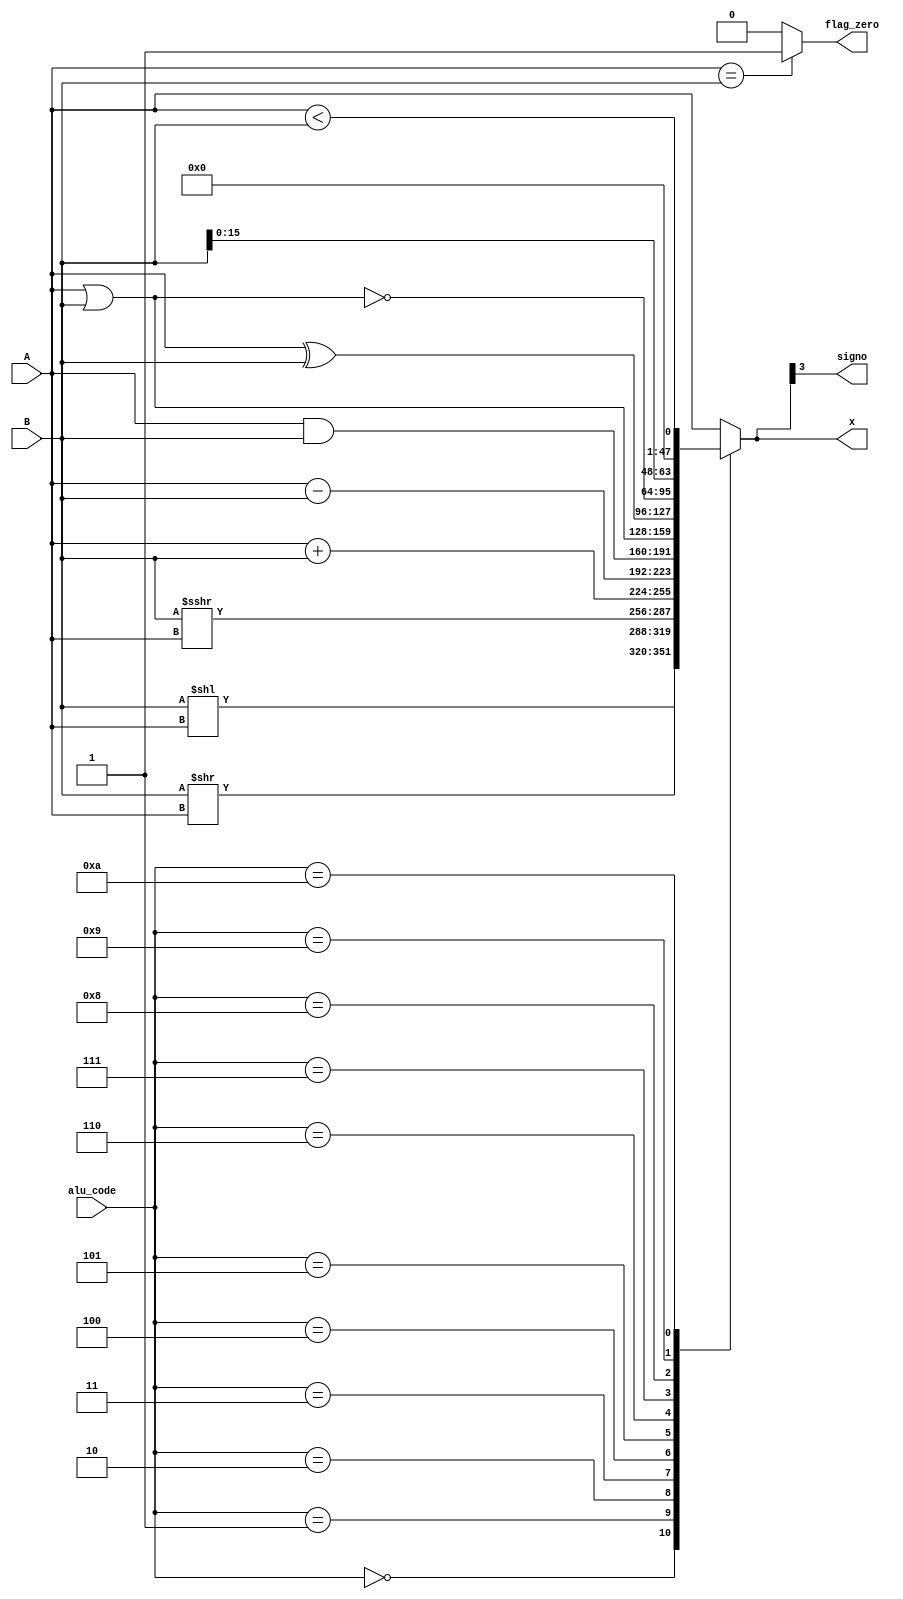
`timescale 1ns / 1ps
//////////////////////////////////////////////////////////////////////////////////
// Company: 
// Engineer: 
// 
// Design Name: 
// Module Name: alu
// Project Name: 
// Target Devices: 
// Tool Versions: 
// Description: 
// 
// Dependencies: 
// 
// Revision:
// Revision 0.01 - File Created
// Additional Comments:
// 
//////////////////////////////////////////////////////////////////////////////////

`define NB_A 32
`define NB_B 32
`define NB_ALU_CODE 4
`define NB_X 32

module alu( A,
    B,
    alu_code,
    x,
    flag_zero,
    signo
    );

parameter NB_A = `NB_A;
parameter NB_B = `NB_B;
parameter NB_ALU_CODE = `NB_ALU_CODE;
parameter NB_X = `NB_X;


input wire signed [NB_A - 1 : 0] A;
input wire signed [NB_B - 1 : 0] B;
input wire [NB_ALU_CODE - 1 : 0] alu_code;
output reg signed [NB_X - 1 : 0] x;
output flag_zero;
output signo;

assign signo = x[NB_ALU_CODE - 1];
assign flag_zero  = (A == B) ?  (1'b1) : (1'b0);
// assign flag_zero  = (x == `NB_X'h00) ?  (1'b1) : (1'b0);

always@(*)begin
    x = A;
    case(alu_code)                                
        4'b0000  :  x = B << A; //shift left
        4'b0001  :  x = B >> A; // shift right logico  
        4'b0010  :  x = B >>> A; // shift right aritmetico
        4'b0011  :  x = A + B; // sumar
        4'b0100  :  x = A - B; //restar
        4'b0101  :  x = A & B; //and
        4'b0110  :  x = A | B; // or
        4'b0111  :  x = A ^ B; // xor
        4'b1000  :  x = ~(A | B); // nor
        4'b1001  :  x = B << 16; // B shift 16 << LUI
        4'b1010  :  x = (A < B); //comparacion para slt
        // 4'b1011  :  x = (A == B); //comparacion para slt

        //default:  x = 8'hFF;
        endcase
end


endmodule